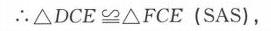
\(\therefore\triangle DCE\cong\triangle FCE\ (\text{SAS})\)，